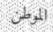
الموطن